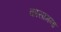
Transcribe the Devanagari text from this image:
कासामना